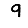
Digit: 9